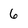
Character: 6